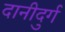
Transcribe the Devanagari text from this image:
दानीदुर्ग